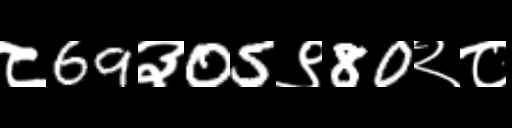
Text: ८69३05९80२८